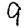
Digit: 9